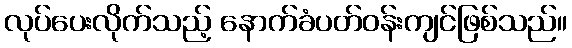
လုပ်ပေးလိုက်သည့် နောက်ခံပတ်ဝန်းကျင်ဖြစ်သည်။